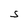
Character: S